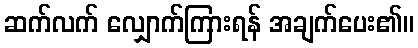
ဆက်လက် လျှောက်ကြားရန် အချက်ပေး၏။